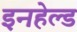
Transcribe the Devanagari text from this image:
इनहेल्ड